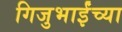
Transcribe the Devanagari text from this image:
गिजुभाईंच्या